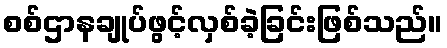
စစ်ဌာနချုပ်ဖွင့်လှစ်ခဲ့ခြင်းဖြစ်သည်။